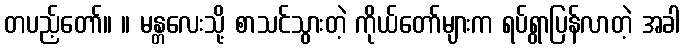
တပည့်တော်။ ။ မန္တလေးသို့ စာသင်သွားတဲ့ ကိုယ်တော်များက ရပ်ရွာပြန်လာတဲ့ အခါ